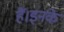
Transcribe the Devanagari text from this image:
हैं।इनके